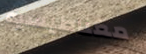
مغناطيسية